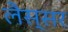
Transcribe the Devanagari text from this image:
लैस्सर